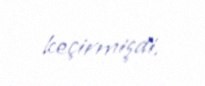
keçirmişdi.